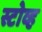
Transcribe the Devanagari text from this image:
स्टोव्ह